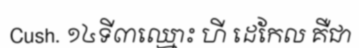
Cush. ១៤ទី៣ឈ្មោះ ហី ដេកែល គឺជា